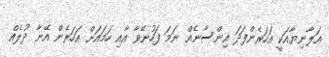
އަލާނިޔާއަކީ އަހަރެންފަދަ އިންސާނެއް ނަމަ ފަހުނޭވާ އާއި ހަމައަށް އަހަރެން އޭނާ ދުލެއް